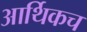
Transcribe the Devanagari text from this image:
आर्थिकच